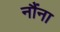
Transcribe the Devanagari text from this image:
नौंना